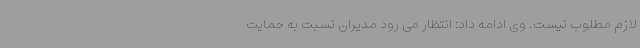
لازم مطلوب نیست. وی ادامه داد: انتظار می رود مدیران نسبت به حمایت